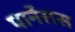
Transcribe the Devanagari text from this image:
पार्नेसस